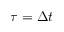
\tau = \Delta t